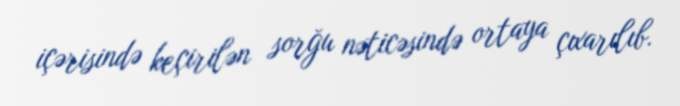
içərisində keçirilən sorğu nəticəsində ortaya çıxarılıb.